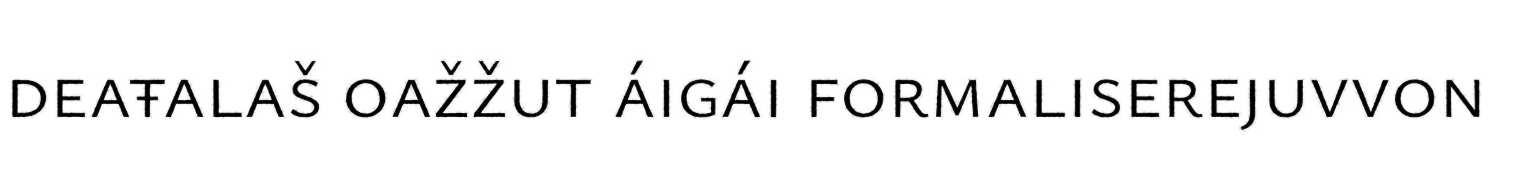
deaŧalaš oažžut áigái formaliserejuvvon